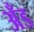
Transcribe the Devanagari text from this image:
अँड